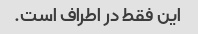
این فقط در اطراف است.